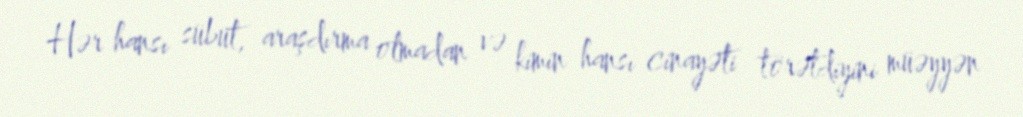
Hər hansı sübut, araşdırma olmadan və kimin hansı cinayəti törətdiyini müəyyən